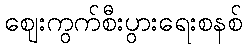
ဈေးကွက်စီးပွားရေးစနစ်